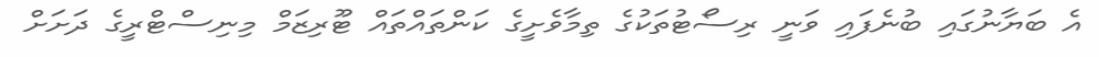
އެ ބަޔާނުގައި ބުނެފައި ވަނީ ރިސޯޓުތަކުގެ ތިމާވެށީގެ ކަންތައްތައް ޓޫރިޒަމް މިނިސްޓްރީގެ ދަށަށް